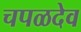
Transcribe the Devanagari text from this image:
चपळदेव